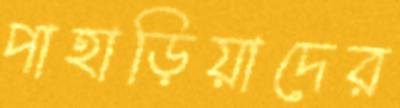
পাহাড়িয়াদের